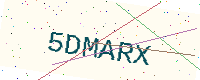
Text: 5DMARX